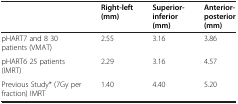
|  | Right-left (mm) | Superior-inferior (mm) | Anterior-posterior (mm) |
 | --- | --- | --- | --- |
 | pHART7 and 8 30 patients (VMAT) | 2.55 | 3.16 | 3.86 |
 | pHART6 25 patients (IMRT) | 2.29 | 3.16 | 4.57 |
 | Previous Study* (7Gy per fraction) IMRT | 1.40 | 4.40 | 5.20 |